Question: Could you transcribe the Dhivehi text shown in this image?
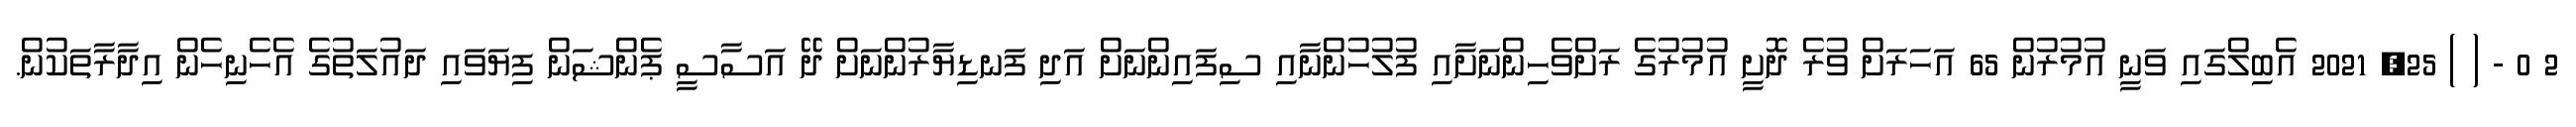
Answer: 2 0 - ( ) 25, 2021 އެބިލްގައި ވަނީ އުމުރުން 65 އަހަރަށް ވުރެ ދޮށީ އުމުރުގެ ރަށްވެހިންނަށާއި ފުލުހުންނާއި ސިފައިންނަށް އަދި ފަނޑިޔާރުންނަށް ދޭ އަސާސީ ޕެންޝަން ފިޔަވައި ދައުލަތުގެ އެހެނިހެން އިދާރާތަކުން.